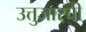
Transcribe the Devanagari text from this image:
उत्तुजारची